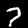
Digit: 7